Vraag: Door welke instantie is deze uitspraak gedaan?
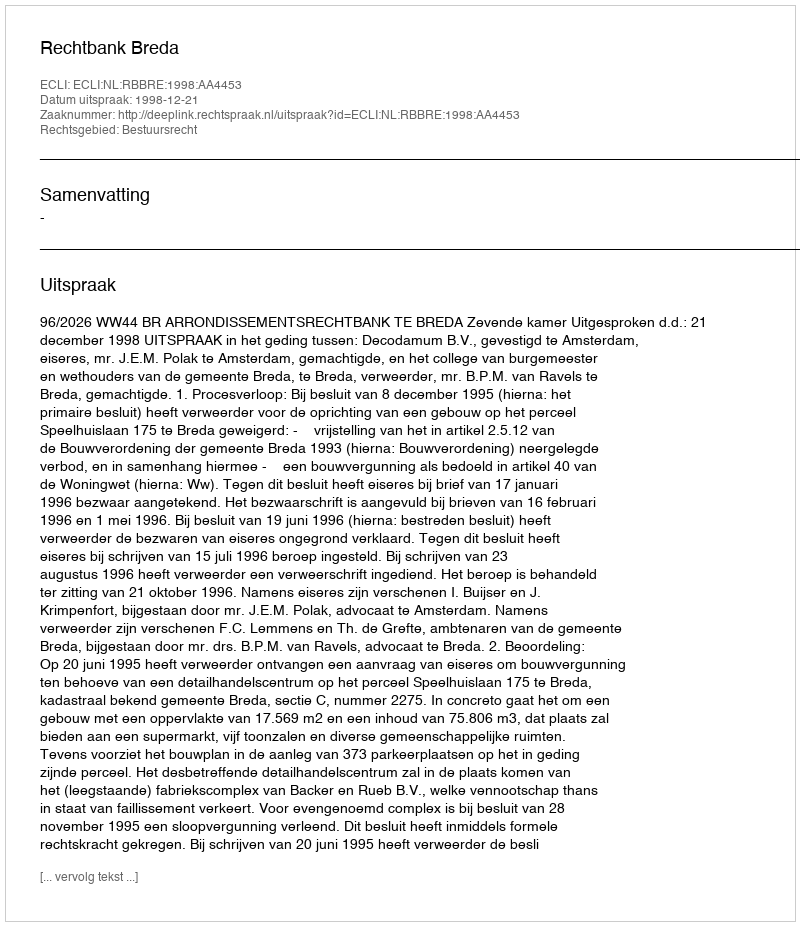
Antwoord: Rechtbank Breda